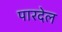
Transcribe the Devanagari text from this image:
पारदेल